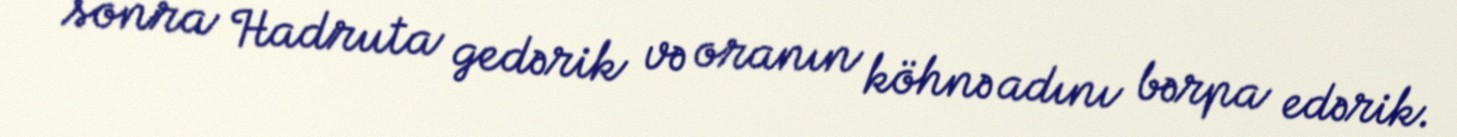
sonra Hadruta gedərik və oranın köhnə adını bərpa edərik.